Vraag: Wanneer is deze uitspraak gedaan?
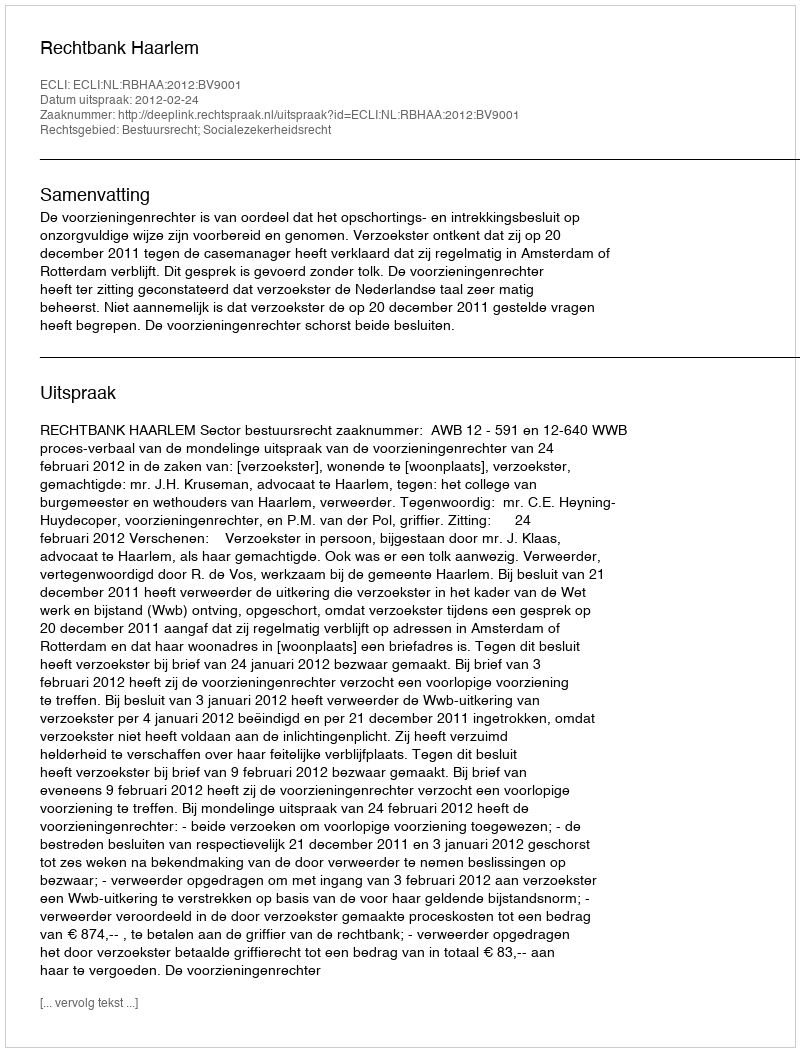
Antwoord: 2012-02-24